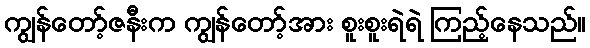
ကျွန်တော့်ဇနီးက ကျွန်တော့်အား စူးစူးရဲရဲ ကြည့်နေသည်။